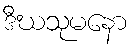
ဒီဃသုမနော